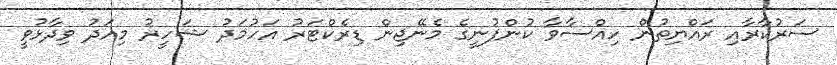
ސަރުކާރާއި ރައްޔިތުން ހިއްސާވާ ކުންފުނީގެ މެނޭޖިން ޑިރެކްޓަރު އަހުމަދު ޝަހީރު މިއަދު ވިދާޅުވީ